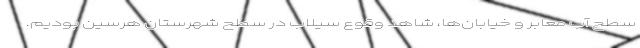
سطح آب معابر و خیابان‌ها، شاهد وقوع سیلاب در سطح شهرستان هرسین بودیم.